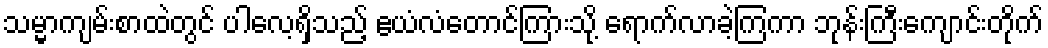
သမ္မာကျမ်းစာထဲတွင် ပါလေ့ရှိသည့် ဧယံလံတောင်ကြားသို့ ရောက်လာခဲ့ကြကာ ဘုန်းကြီးကျောင်းတိုက်